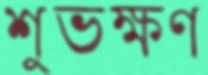
শুভক্ষণ